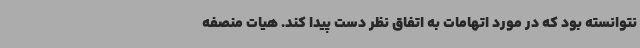
نتوانسته بود که در مورد اتهامات به اتفاق نظر دست پیدا کند. هیات منصفه